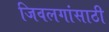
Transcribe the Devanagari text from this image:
जिवलगांसाठी